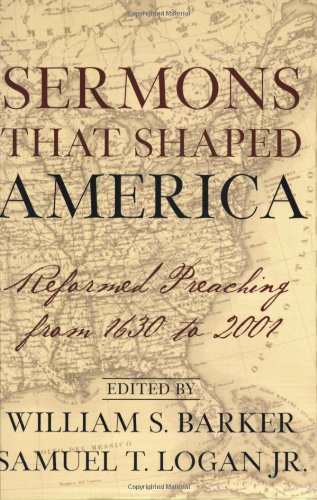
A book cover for Sermons That Shaped America: Reformed Preaching from 1630 to 2001; Christian Books & Bibles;